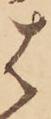
は